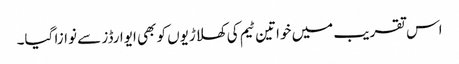
اس تقریب میں خواتین ٹیم کی کھلاڑیوں کو بھی ایوارڈز سے نوازا گیا۔